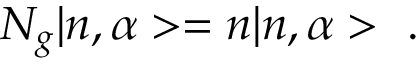
N _ { g } | n , \alpha > = n | n , \alpha > ~ .